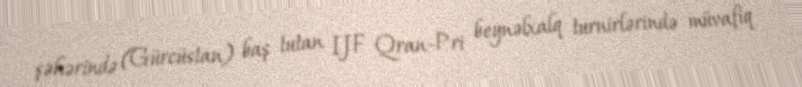
şəhərində (Gürcüstan) baş tutan IJF Qran-Pri beynəlxalq turnirlərində müvafiq